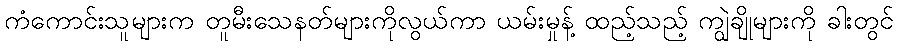
ကံကောင်းသူများက တူမီးသေနတ်များကိုလွယ်ကာ ယမ်းမှုန့် ထည့်သည့် ကျွဲချိုများကို ခါးတွင်